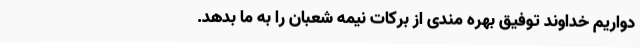
دواریم خداوند توفیق بهره مندی از برکات نیمه شعبان را به ما بدهد.